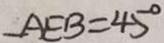
A E B = 4 5 ^ { \circ }